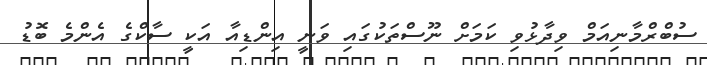
ސުބްރްމާނިއަމް ވިދާޅުވި ކަަމަށް ނޫސްތަކުގައި ވަނީ އިންޑިއާ އަކީ ސާކްގެ އެންމެ ބޮޑު